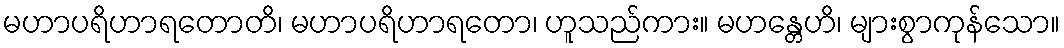
မဟာပရိဟာရတောတိ၊ မဟာပရိဟာရတော၊ ဟူသည်ကား။ မဟန္တေဟိ၊ များစွာကုန်သော။